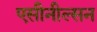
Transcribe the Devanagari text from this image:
एसीनील्सन